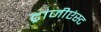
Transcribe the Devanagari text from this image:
ट्रांजीएंस्ट